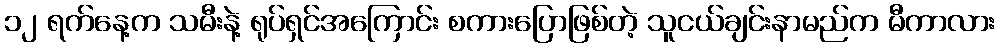
၁၂ ရက်နေ့က သမီးနဲ့ ရုပ်ရှင်အကြောင်း စကားပြောဖြစ်တဲ့ သူငယ်ချင်းနာမည်က မီကာလား